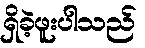
ရှိခဲ့ဖူးပါသည်